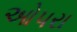
ઓપરા